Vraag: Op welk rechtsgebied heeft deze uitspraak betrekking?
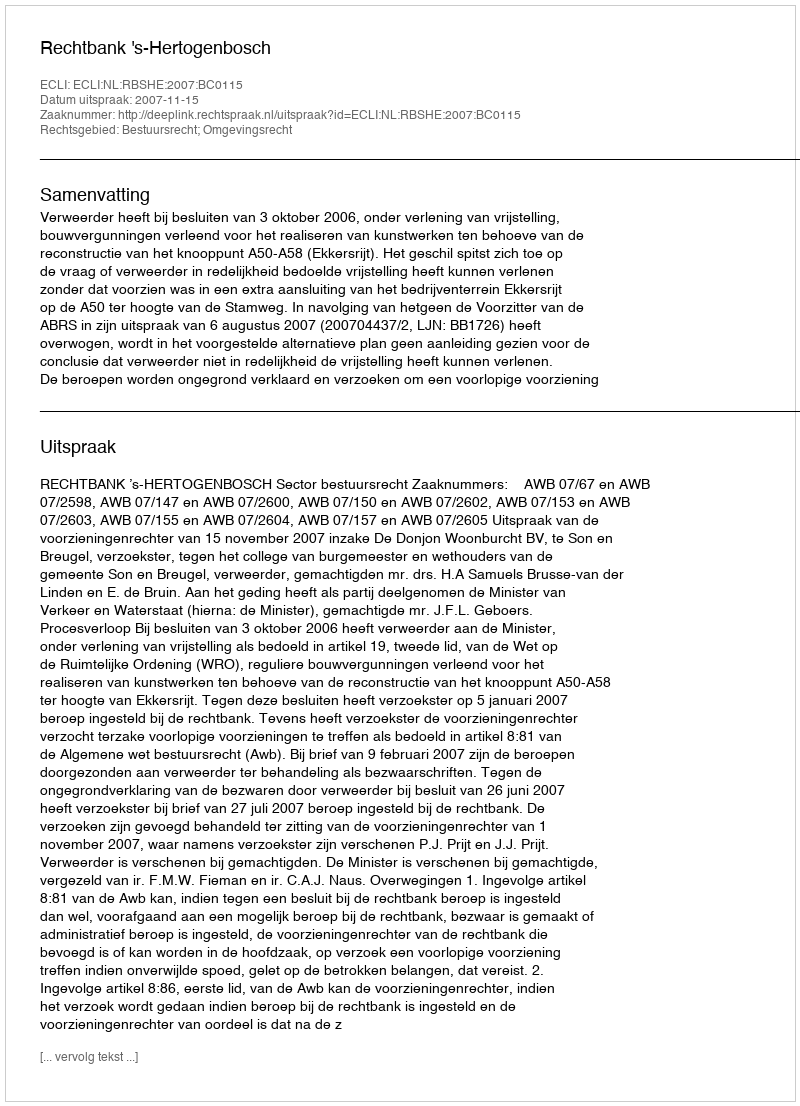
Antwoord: Bestuursrecht; Omgevingsrecht